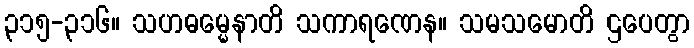
၃၁၅-၃၁၆။ သဟဓမ္မေနာတိ သကာရဏေန။ သမသမောတိ ဌပေတွာ